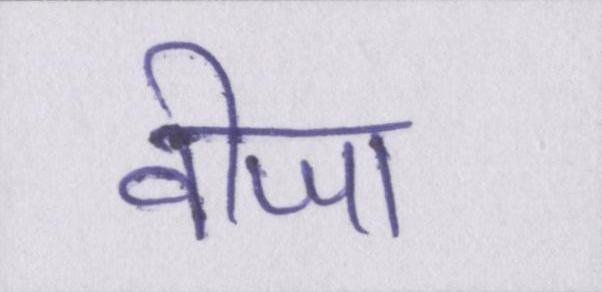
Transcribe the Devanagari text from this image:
वीजा